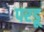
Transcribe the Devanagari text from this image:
परडू